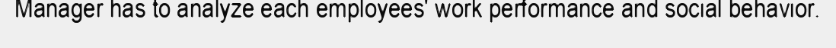
Manager has to analyze each employees' work performance and social behavior.